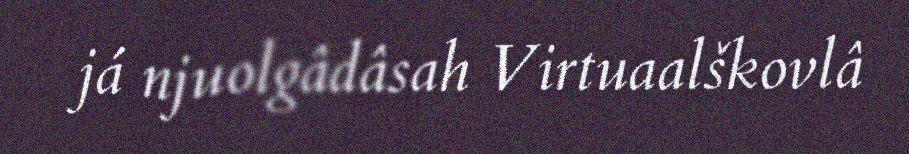
já njuolgâdâsah Virtuaalškovlâ